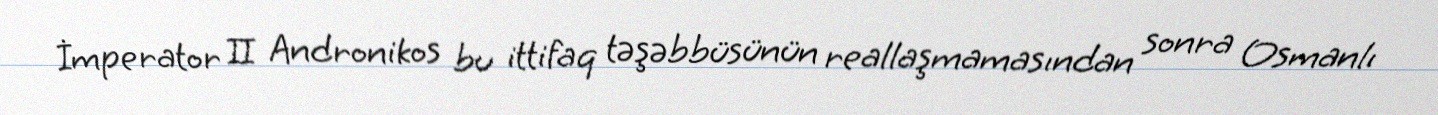
İmperator II Andronikos bu ittifaq təşəbbüsünün reallaşmamasından sonra Osmanlı